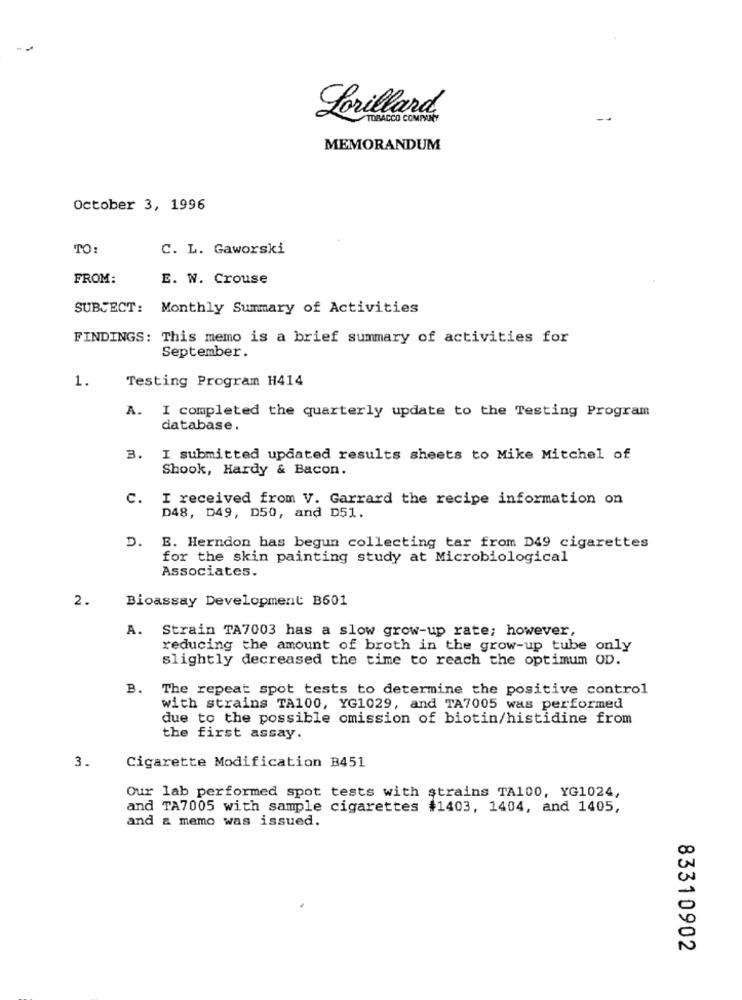
Lorillard
TOBACCO COMPANY
MEMORANDUM
October 3, 1996
TO:
C. L. Gaworski
FROM:
E. W. Crouse
SUBJECT: Monthly Summary of Activities
FINDINGS: This memo is a brief summary of activities for
September.
1.
Testing Program H414
A.
I completed the quarterly update to the Testing Program
database.
3.
I submitted updated results sheets to Mike Mitchel of
Shook, Hardy & Bacon.
c.
I received from V. Garrard the recipe information on
D48, D49, D50, and D51.
D. B. Herndon has begun collecting tar from D49 cigarettes
for the skin painting study at Microbiological
Associates.
2.
Bioassay Development B601
A. Strain TA7003 has a slow grow-up rate; however,
reducing the amount of broth in the grow-up tube only
slightly decreased the time to reach the optimum OD.
B.
The repeat spot tests to determine the positive control
with strains TA100, YG1029, and TA7005 was performed
due to the possible omission of biotin/histidine from
the first assay.
3.
Cigarette Modification B451
Our lab performed spot tests with strains TA100, YG1024,
and TA7005 with sample cigarettes #1403, 1404, and 1405,
and & memo was issued.
83310902